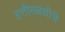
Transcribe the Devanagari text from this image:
हत्तीसंबंधीचे